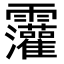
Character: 𫕷